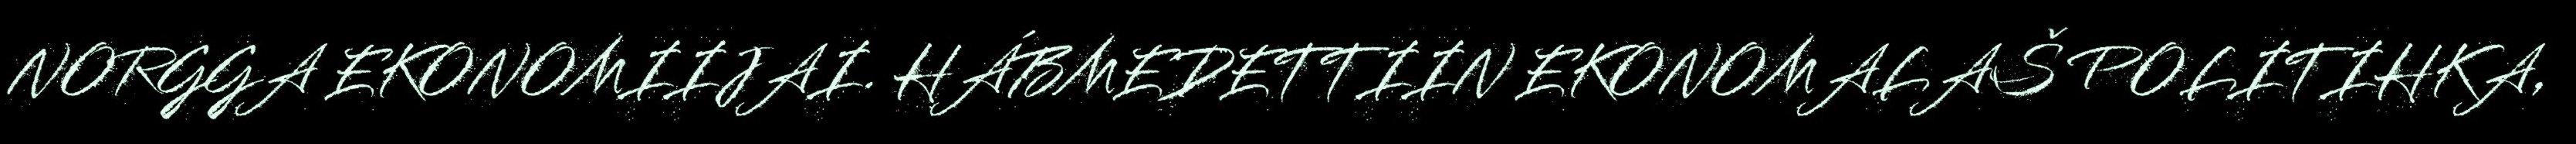
NORGGA EKONOMIIJAI. HÁBMEDETTIIN EKONOMALAŠ POLITIHKA,